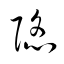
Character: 陷